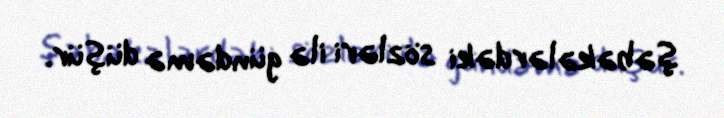
şəbəkələrdəki sözləri ilə gündəmə düşür.